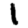
Digit: 1